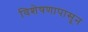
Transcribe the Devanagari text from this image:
विशेषणापासून